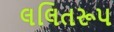
લલિતરૂપ